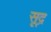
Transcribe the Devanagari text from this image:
सूद्र